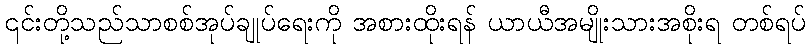
၎င်းတို့သည်သာစစ်အုပ်ချုပ်ရေးကို အစားထိုးရန် ယာယီအမျိုးသားအစိုးရ တစ်ရပ်